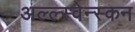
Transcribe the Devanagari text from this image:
अल्ल्स्वेन्स्कन